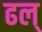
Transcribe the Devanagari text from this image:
ढल्